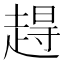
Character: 𫎹